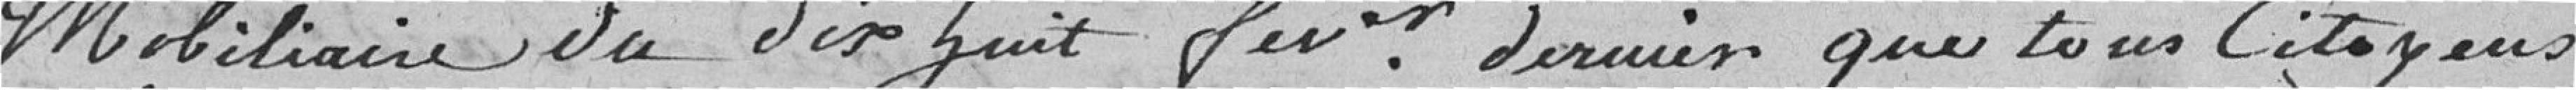
mobiliaire du dix huit février dernier que tous citoyens